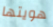
هويتها